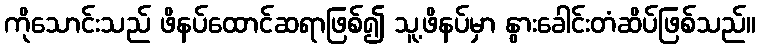
ကိုသောင်းသည် ဖိနပ်ထောင်ဆရာဖြစ်၍ သူ့ဖိနပ်မှာ နွားခေါင်းတံဆိပ်ဖြစ်သည်။